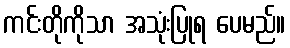
ကင်းတိုကိုသာ အသုံးပြုရ ပေမည်။